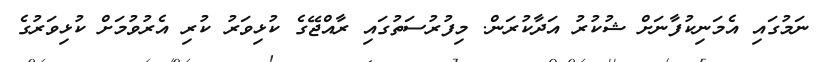
ނަމުގައި އެމަނިކުފާނަށް ޝުކުރު އަދާކުރަން. މިފުރުސަތުގައި ރާއްޖޭގެ ކުޅިވަރު ކުރި އެރުވުމަށް ކުޅިވަރުގެ